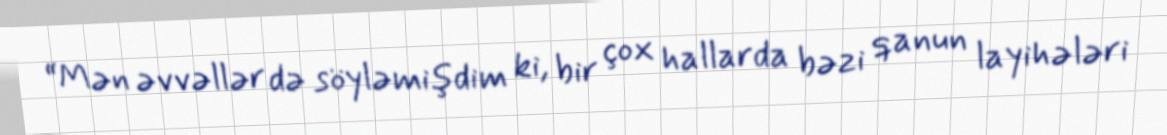
“Mən əvvəllər də söyləmişdim ki, bir çox hallarda bəzi qanun layihələri